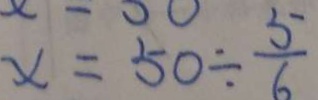
x = 5 0 \div \frac { 5 } { 6 }